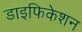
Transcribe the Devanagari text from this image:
डाइफिकेशन